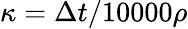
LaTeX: \kappa=\Delta t/10000\rho